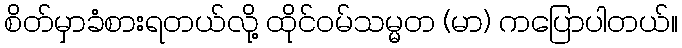
စိတ်မှာခံစားရတယ်လို့ ထိုင်ဝမ်သမ္မတ (မာ) ကပြောပါတယ်။